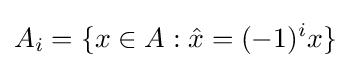
A_{i}=\{x\in A:{\hat {x}}=(-1)^{i}x\}